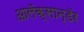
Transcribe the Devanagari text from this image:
आलॅक्सान्डॅर